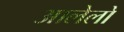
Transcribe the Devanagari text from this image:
आलेलो